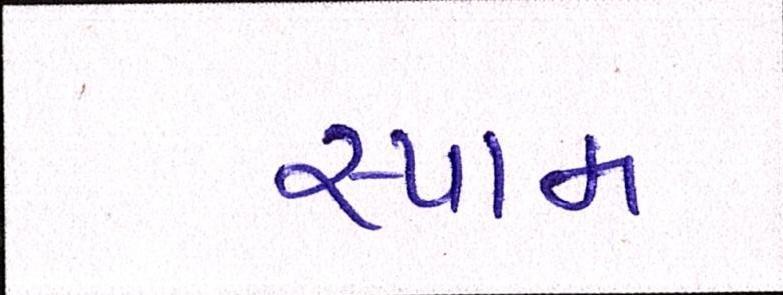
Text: સ્પામ